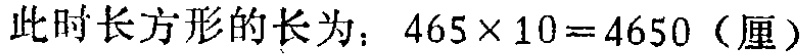
此时长方形的长为：\(465\times 10 = 4650\)（厘）